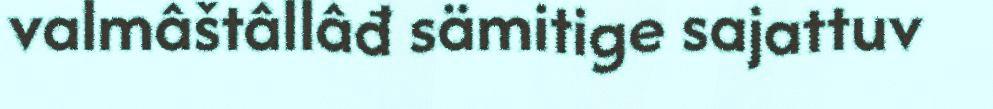
valmâštâllâđ sämitige sajattuv